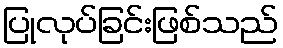
ပြုလုပ်ခြင်းဖြစ်သည်